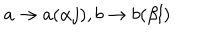
a \rightarrow a ( \alpha j ) , b \rightarrow b ( \beta l )